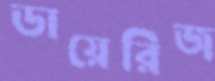
ডায়েরিজ